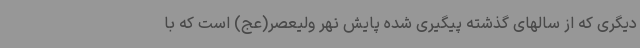
دیگری که از سالهای گذشته پیگیری شده پایش نهر ولیعصر(عج) است که با